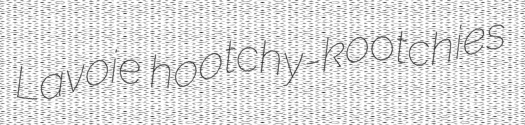
Lavoie hootchy-kootchies